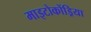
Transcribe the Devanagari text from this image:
माइटोकोंड्रिया